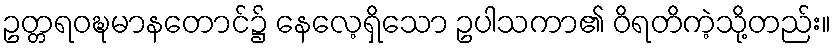
ဥတ္တရဝဍ္ဎမာနတောင်၌ နေလေ့ရှိသော ဥပါသကာ၏ ဝိရတိကဲ့သို့တည်း။